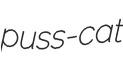
puss-cat